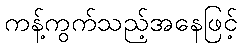
ကန့်ကွက်သည့်အနေဖြင့်